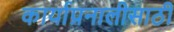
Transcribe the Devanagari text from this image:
कार्याप्रनालीसाठी